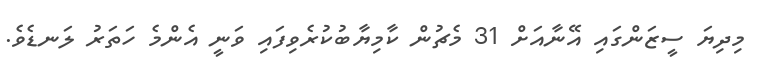
މިދިޔަ ސީޒަންގައި އޭނާއަށް 31 މެޗުން ކާމިޔާބުކުރެވިފައި ވަނީ އެންމެ ހަތަރު ލަނޑެވެ.